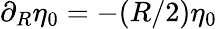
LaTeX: \partial_{R}\eta_{0}=-(R/2)\eta_{0}